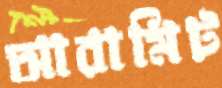
আরামিট